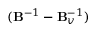
( \mathbf { B } ^ { - 1 } - \mathbf { B } _ { v } ^ { - 1 } )